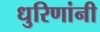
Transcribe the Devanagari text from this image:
धुरिणांनी